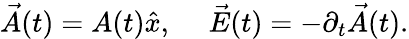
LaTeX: \vec{A}(t)=A(t)\hat{x},~~~~~\vec{E}(t)=-\partial_{t}\vec{A}(t).